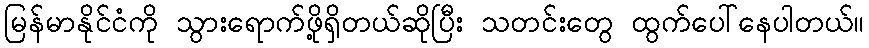
မြန်မာနိုင်ငံကို သွားရောက်ဖို့ရှိတယ်ဆိုပြီး သတင်းတွေ ထွက်ပေါ်နေပါတယ်။